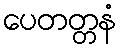
ပေတတ္တနံ